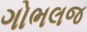
ગોભલજ